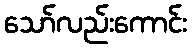
သော်လည်းကောင်း